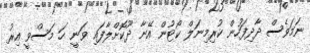
ނަމަވެސް ދާދިފަހުން ކުރިމިނަލް ކޯޓުން އޭނާ ދޫކޮށްލާފައި ވަނީ ހަ މަސްވީ އިރު